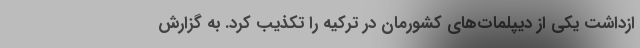
ازداشت یکی از دیپلمات‌های کشورمان در ترکیه را تکذیب کرد. به گزارش